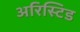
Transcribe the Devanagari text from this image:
अरिस्टिड